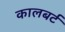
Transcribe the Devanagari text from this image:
कालबर्ट